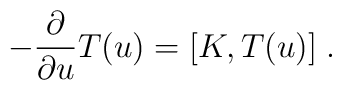
-\frac{\partial }{\partial u}T(u)=[K,T(u)]\;.